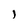
Character: j